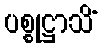
ပစ္စုဋ္ဌာသိံ